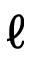
\ell